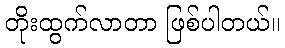
တိုးထွက်လာတာ ဖြစ်ပါတယ်။